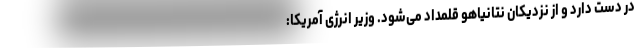
در دست دارد و از نزدیکان نتانیاهو قلمداد می‌شود. وزیر انرژی آمریکا: